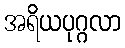
အရိယပုဂ္ဂလာ